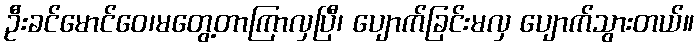
ဦးခင်မောင်ဝေ၊မတွေ့တာကြာလှပြီ၊ ပျောက်ခြင်းမလှ ပျောက်သွားတယ်။